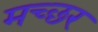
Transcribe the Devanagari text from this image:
मच्‍छर